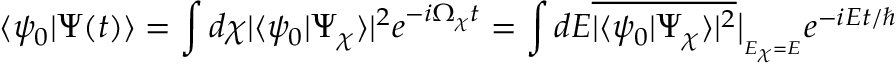
\langle \psi _ { 0 } | \Psi ( t ) \rangle = \int d \chi | \langle \psi _ { 0 } | \Psi _ { \chi } \rangle | ^ { 2 } e ^ { - i \Omega _ { \chi } t } = \int d E \overline { { | \langle \psi _ { 0 } | \Psi _ { \chi } \rangle | ^ { 2 } } } \big | _ { _ { E _ { \chi } = E } } e ^ { - i E t / \hbar }